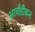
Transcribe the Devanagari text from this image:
आर्चडीकन